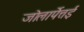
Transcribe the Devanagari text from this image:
जोलार्पेत्तई